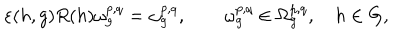
\varepsilon ( h , g ) R ( h ) \omega _ { g } ^ { p , q } = \omega _ { g } ^ { p , q } , \qquad \omega _ { g } ^ { p , q } \in \Omega _ { g } ^ { p , q } , \quad h \in G ,